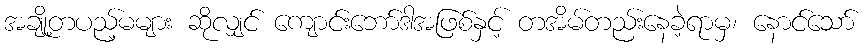
အချို့တပည့်မများ ဆိုလျှင် ကျောင်းဘော်ဒါအဖြစ်နှင့် တအိမ်တည်းနေခဲ့ရာမှ၊ နောင်သော်